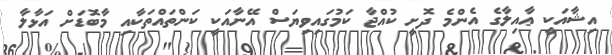
އިޝާއަކީ ޢާއިލާގެ އެންމެ ދޮށީ ކުއްޖާ ކަމުގައިވިޔަސް އޭނާއަކީ ކަންތައްތަކާއި މާބޮޑަށް އަޅާލާ